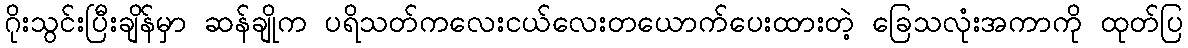
ဂိုးသွင်းပြီးချိန်မှာ ဆန်ချိုက ပရိသတ်ကလေးငယ်လေးတယောက်ပေးထားတဲ့ ခြေသလုံးအကာကို ထုတ်ပြ